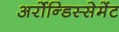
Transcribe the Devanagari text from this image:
अर्रोन्डिस्सेमेंट